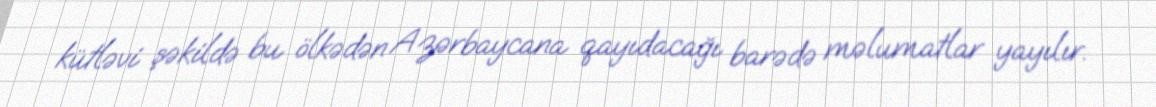
kütləvi şəkildə bu ölkədən Azərbaycana qayıdacağı barədə məlumatlar yayılır.